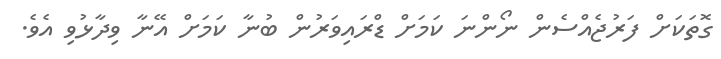
ގޮތަކަށް ފަރުޖެއްސެން ނޯންނަ ކަމަށް ޑްރައިވަރުން ބުނާ ކަމަށް އޭނާ ވިދާޅުވި އެވެ.